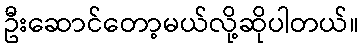
ဦးဆောင်တော့မယ်လို့ဆိုပါတယ်။